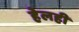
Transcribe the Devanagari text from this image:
हेलही